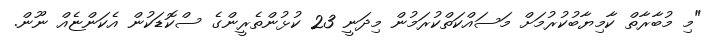
"މި މުބާރާތް ކާމިޔާބުކުރުމަށް މަސައްކަތްކުރަމުން މިދަނީ 23 ކުޅުންތެރީންގެ ސްކޮޑަކުން އެކަންޏެއް ނޫން.